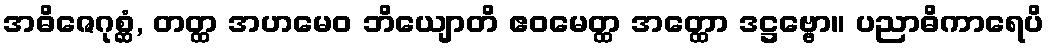
အဓိဇေဂုစ္ဆံ, တတ္ထ အဟမေဝ ဘိယျောတိ ဧဝမေတ္ထ အတ္ထော ဒဋ္ဌဗ္ဗော။ ပညာဓိကာရေပိ